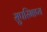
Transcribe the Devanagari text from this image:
सुपरिभाष्य